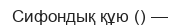
Сифондық құю () —